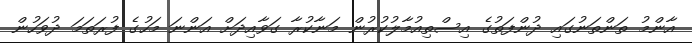
އާންމު ތަންތަނުގައި ދުންފަތުގެ އިސްތިއުމާލުކުރުން މަނާކުރާ ގަވާއިދަށް އަންނަ މަހުގެ ފުރަތަމަ ދުވަހުން